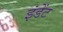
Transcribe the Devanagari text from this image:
इंडेंट